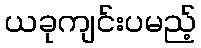
ယခုကျင်းပမည့်